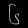
Digit: ၆